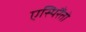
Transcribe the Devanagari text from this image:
एस्पिरैंतो